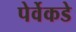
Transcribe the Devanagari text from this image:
पेर्वेकडे